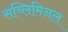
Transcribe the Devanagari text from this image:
सब्लिमिनल